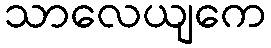
သာလေယျကေ